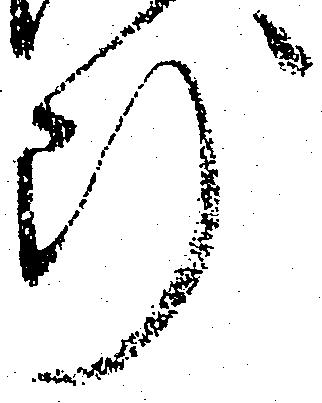
断